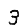
Digit: 3